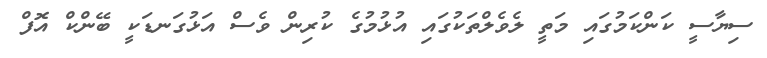
ސިޔާސީ ކަންކަމުގައި މަތީ ލެވެލްތަކުގައި އުޅުމުގެ ކުރިން ވެސް އަޅުގަނޑަކީ ބޭންކް އޮފް